Report on plague and inoculation in the Punjab from October 1st ... to September 30th..., being the ... season of plague in the province
Disease focus: Plague
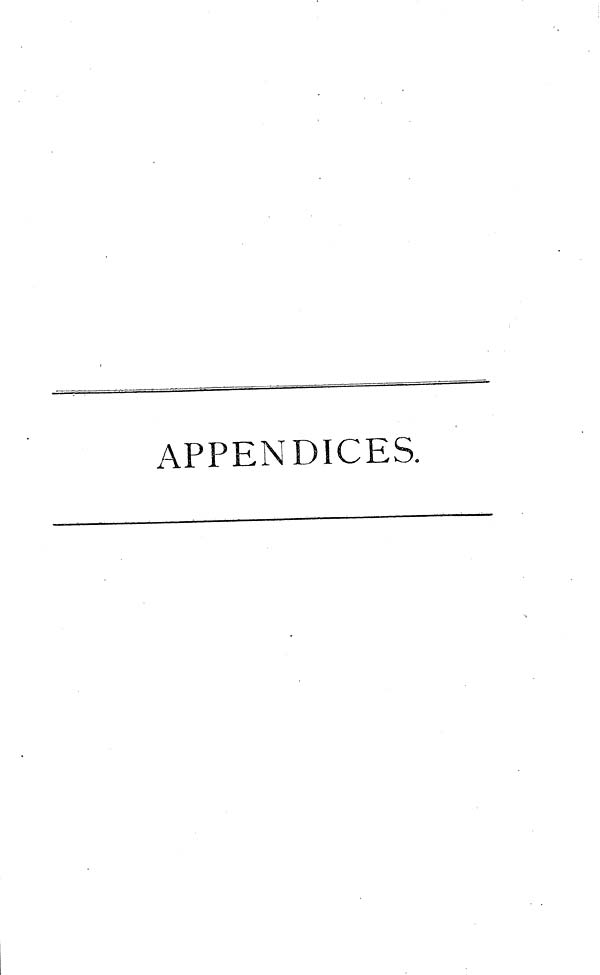
APPENDICES.